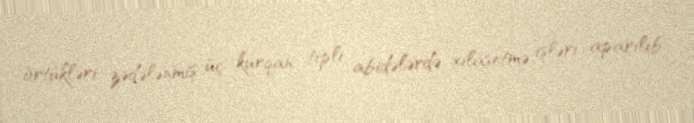
örtükləri zədələnmiş üç kurqan tipli abidələrdə xilasetmə işləri aparılıb.